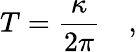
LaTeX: T=\frac{\kappa}{2\pi}\quad,